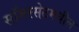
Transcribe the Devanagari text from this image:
सॉमरसेटमधील